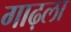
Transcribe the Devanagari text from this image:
गाढ़ला